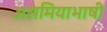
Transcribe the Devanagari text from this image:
असमियाभाषी